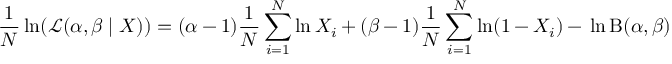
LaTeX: { \frac { 1 } { N } } \ln ( { \mathcal { L } } ( \alpha , \beta \mid X ) ) = ( \alpha - 1 ) { \frac { 1 } { N } } \sum _ { i = 1 } ^ { N } \ln X _ { i } + ( \beta - 1 ) { \frac { 1 } { N } } \sum _ { i = 1 } ^ { N } \ln ( 1 - X _ { i } ) - \, \ln \mathrm { B } ( \alpha , \beta )